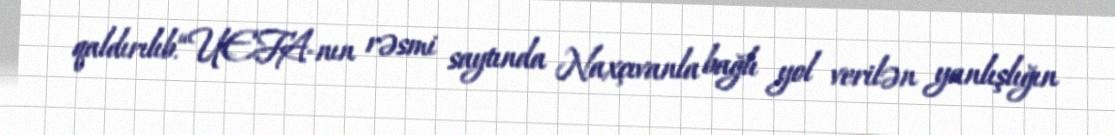
qaldırılıb.“UEFA-nın rəsmi saytında Naxçıvanla bağlı yol verilən yanlışlığın